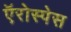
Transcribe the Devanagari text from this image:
ऍरोस्पेस